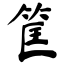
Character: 筐